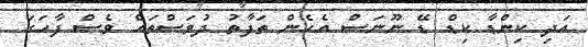
އަދި ކިންޑާ ކިޑް ޑޭ ނޫނަސް އެހެން ތަފާތު ދުވަސްތައް ވެސް ފާހަގަ